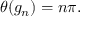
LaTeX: \theta ( g _ { n } ) = n \pi .